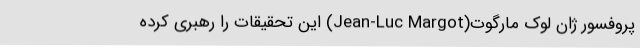
پروفسور ژان لوک مارگوت(Jean-Luc Margot) این تحقیقات را رهبری کرده